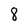
Character: 8